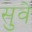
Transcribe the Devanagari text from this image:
सुवे